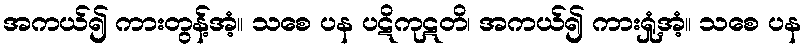
အကယ်၍ ကားတွန့်အံ့။ သစေ ပန ပဋိကုဋတိ၊ အကယ်၍ ကားရှုံ့အံ့။ သစေ ပန